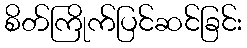
စိတ်ကြိုက်ပြင်ဆင်ခြင်း